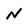
Character: N